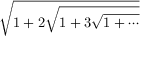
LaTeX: \sqrt { 1 + 2 { \sqrt { 1 + 3 { \sqrt { 1 + \cdots } } } } }